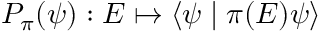
P _ { \pi } ( \psi ) : E \mapsto \langle \psi \mid \pi ( E ) \psi \rangle